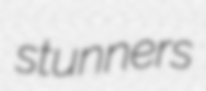
stunners